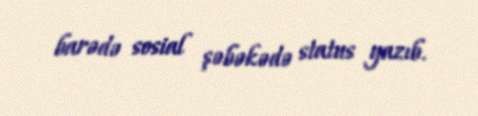
barədə sosial şəbəkədə status yazıb.